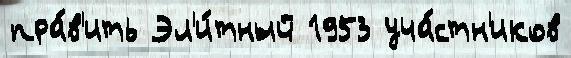
пра́в'ить Эл'и́тный 1953 уча́стн'иков